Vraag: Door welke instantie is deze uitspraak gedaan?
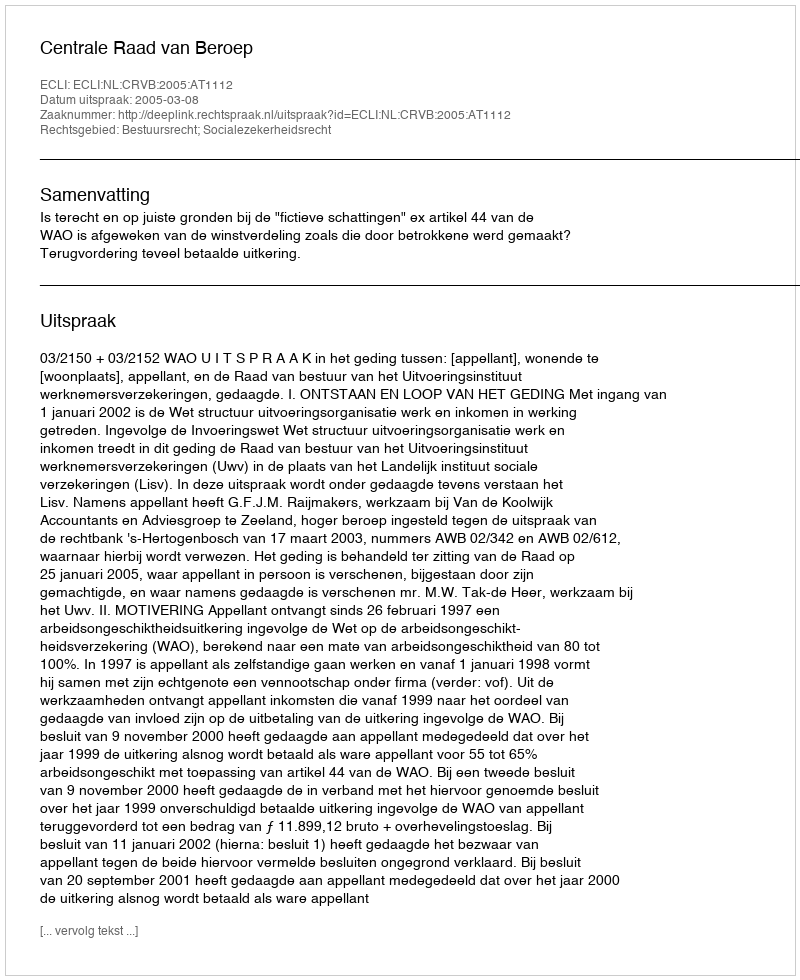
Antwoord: Centrale Raad van Beroep